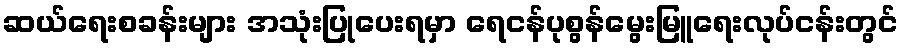
ဆယ်ရေးစခန်းများ အသုံးပြုပေးရမှာ ရေငန်ပုစွန်မွေးမြူရေးလုပ်ငန်းတွင်